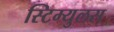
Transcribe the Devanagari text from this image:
स्टिम्युलस